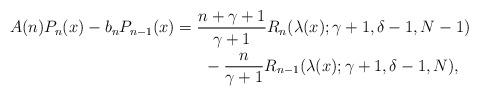
LaTeX: \begin{gather*}A(n) P_n(x) - b_n P_{n-1}(x) = \frac{n+\gamma+1}{\gamma+1}R_n(\lambda(x);\gamma+1,\delta-1,N-1) \\\hphantom{A(n) P_n(x) - b_n P_{n-1}(x) =}{} - \frac{n}{\gamma+1}R_{n-1}(\lambda(x);\gamma+1,\delta-1,N),\end{gather*}